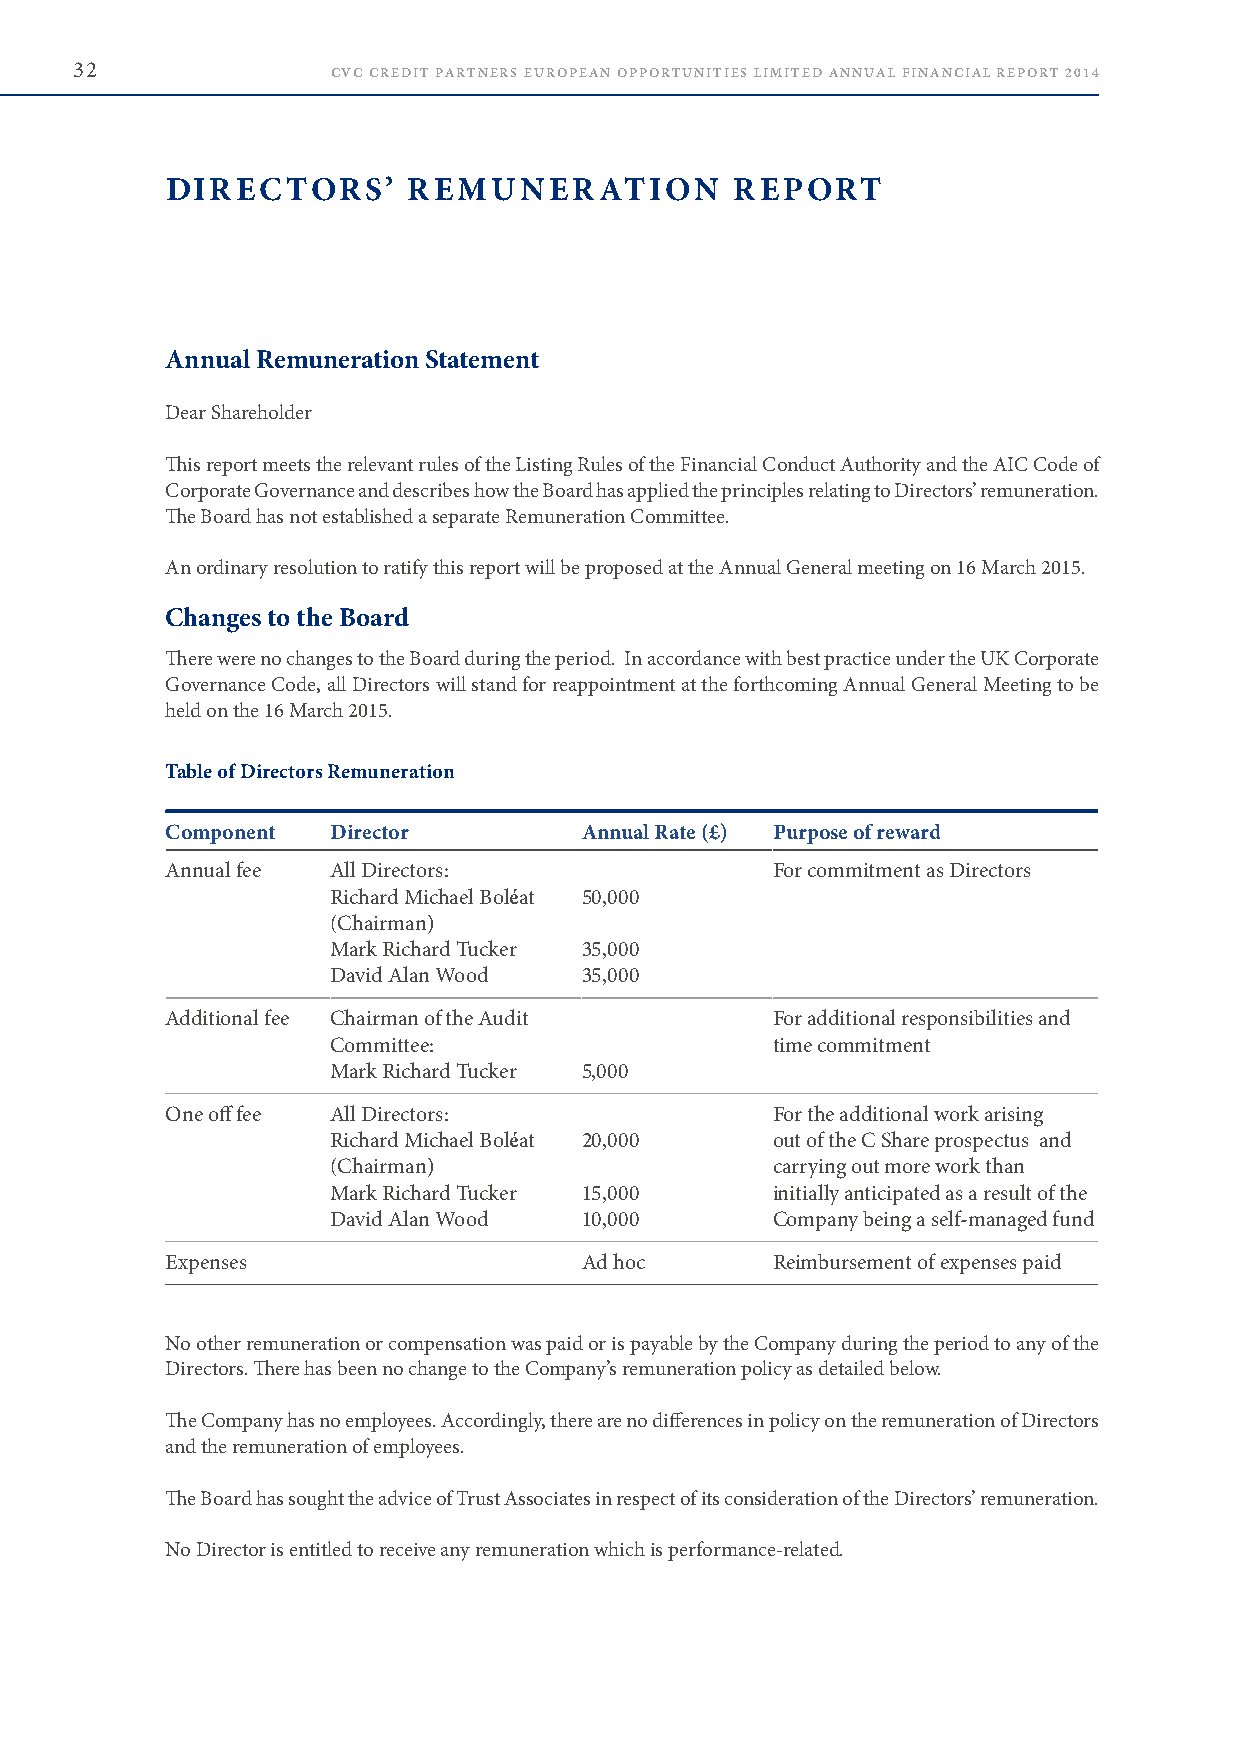
32               CVC CREDIT PARTNERS EUROPEAN OPPORTUNITIES LIMITED ANNUAL FINANCIAL REPORT 2014
 DIRECTORS’      REMUNERATION          REPORT
 Annual Remuneration Statement
 Dear Shareholder
 This report meets the relevant rules of the Listing Rules of the Financial Conduct Authority and the AIC Code of
 Corporate Governance and describes how the Board has applied the principles relating to Directors’ remuneration .
 The Board has not established a separate Remuneration Committee .
 An ordinary resolution to ratify this report will be proposed at the Annual General meeting on 16 March 2015 .
 Changes to the Board
 There were no changes to the Board during the period . In accordance with best practice under the UK Corporate
 Governance Code, all Directors will stand for reappointment at the forthcoming Annual General Meeting to be
 held on the 16 March 2015 .
 Table of Directors Remuneration
 Component  Director        Annual Rate (£) Purpose of reward
 Annual fee All Directors:               For commitment as Directors
 Richard Michael Boléat 50,000
 (Chairman)
 Mark Richard Tucker 35,000
 David Alan Wood 35,000
 Additional fee Chairman of the Audit    For additional responsibilities and
 Committee:                   time commitment
 Mark Richard Tucker 5,000
 One off fee All Directors:              For the additional work arising
 Richard Michael Boléat 20,000 out of the C Share prospectus and
 (Chairman)                   carrying out more work than
 Mark Richard Tucker 15,000   initially anticipated as a result of the
 David Alan Wood 10,000       Company being a self-managed fund
 Expenses                   Ad hoc       Reimbursement of expenses paid
 No other remuneration or compensation was paid or is payable by the Company during the period to any of the
 Directors . There has been no change to the Company’s remuneration policy as detailed below .
 The Company has no employees . Accordingly, there are no differences in policy on the remuneration of Directors
 and the remuneration of employees .
 The Board has sought the advice of Trust Associates in respect of its consideration of the Directors’ remuneration .
 No Director is entitled to receive any remuneration which is performance-related .